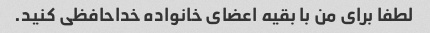
لطفا برای من با بقیه اعضای خانواده خداحافظی کنید.